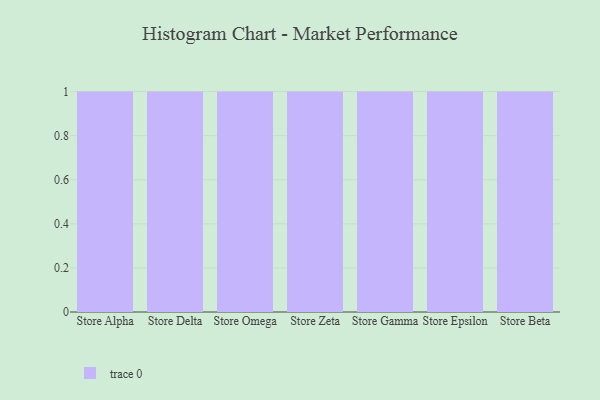
{"axis": {"x": "Store", "y": "Production Output"}, "legend": [""], "data": [{"x": "Store Alpha", "y": 41, "type": ""}, {"x": "Store Delta", "y": 7, "type": ""}, {"x": "Store Omega", "y": 46, "type": ""}, {"x": "Store Zeta", "y": 80, "type": ""}, {"x": "Store Gamma", "y": 40, "type": ""}, {"x": "Store Epsilon", "y": 89, "type": ""}, {"x": "Store Beta", "y": 85, "type": ""}]}